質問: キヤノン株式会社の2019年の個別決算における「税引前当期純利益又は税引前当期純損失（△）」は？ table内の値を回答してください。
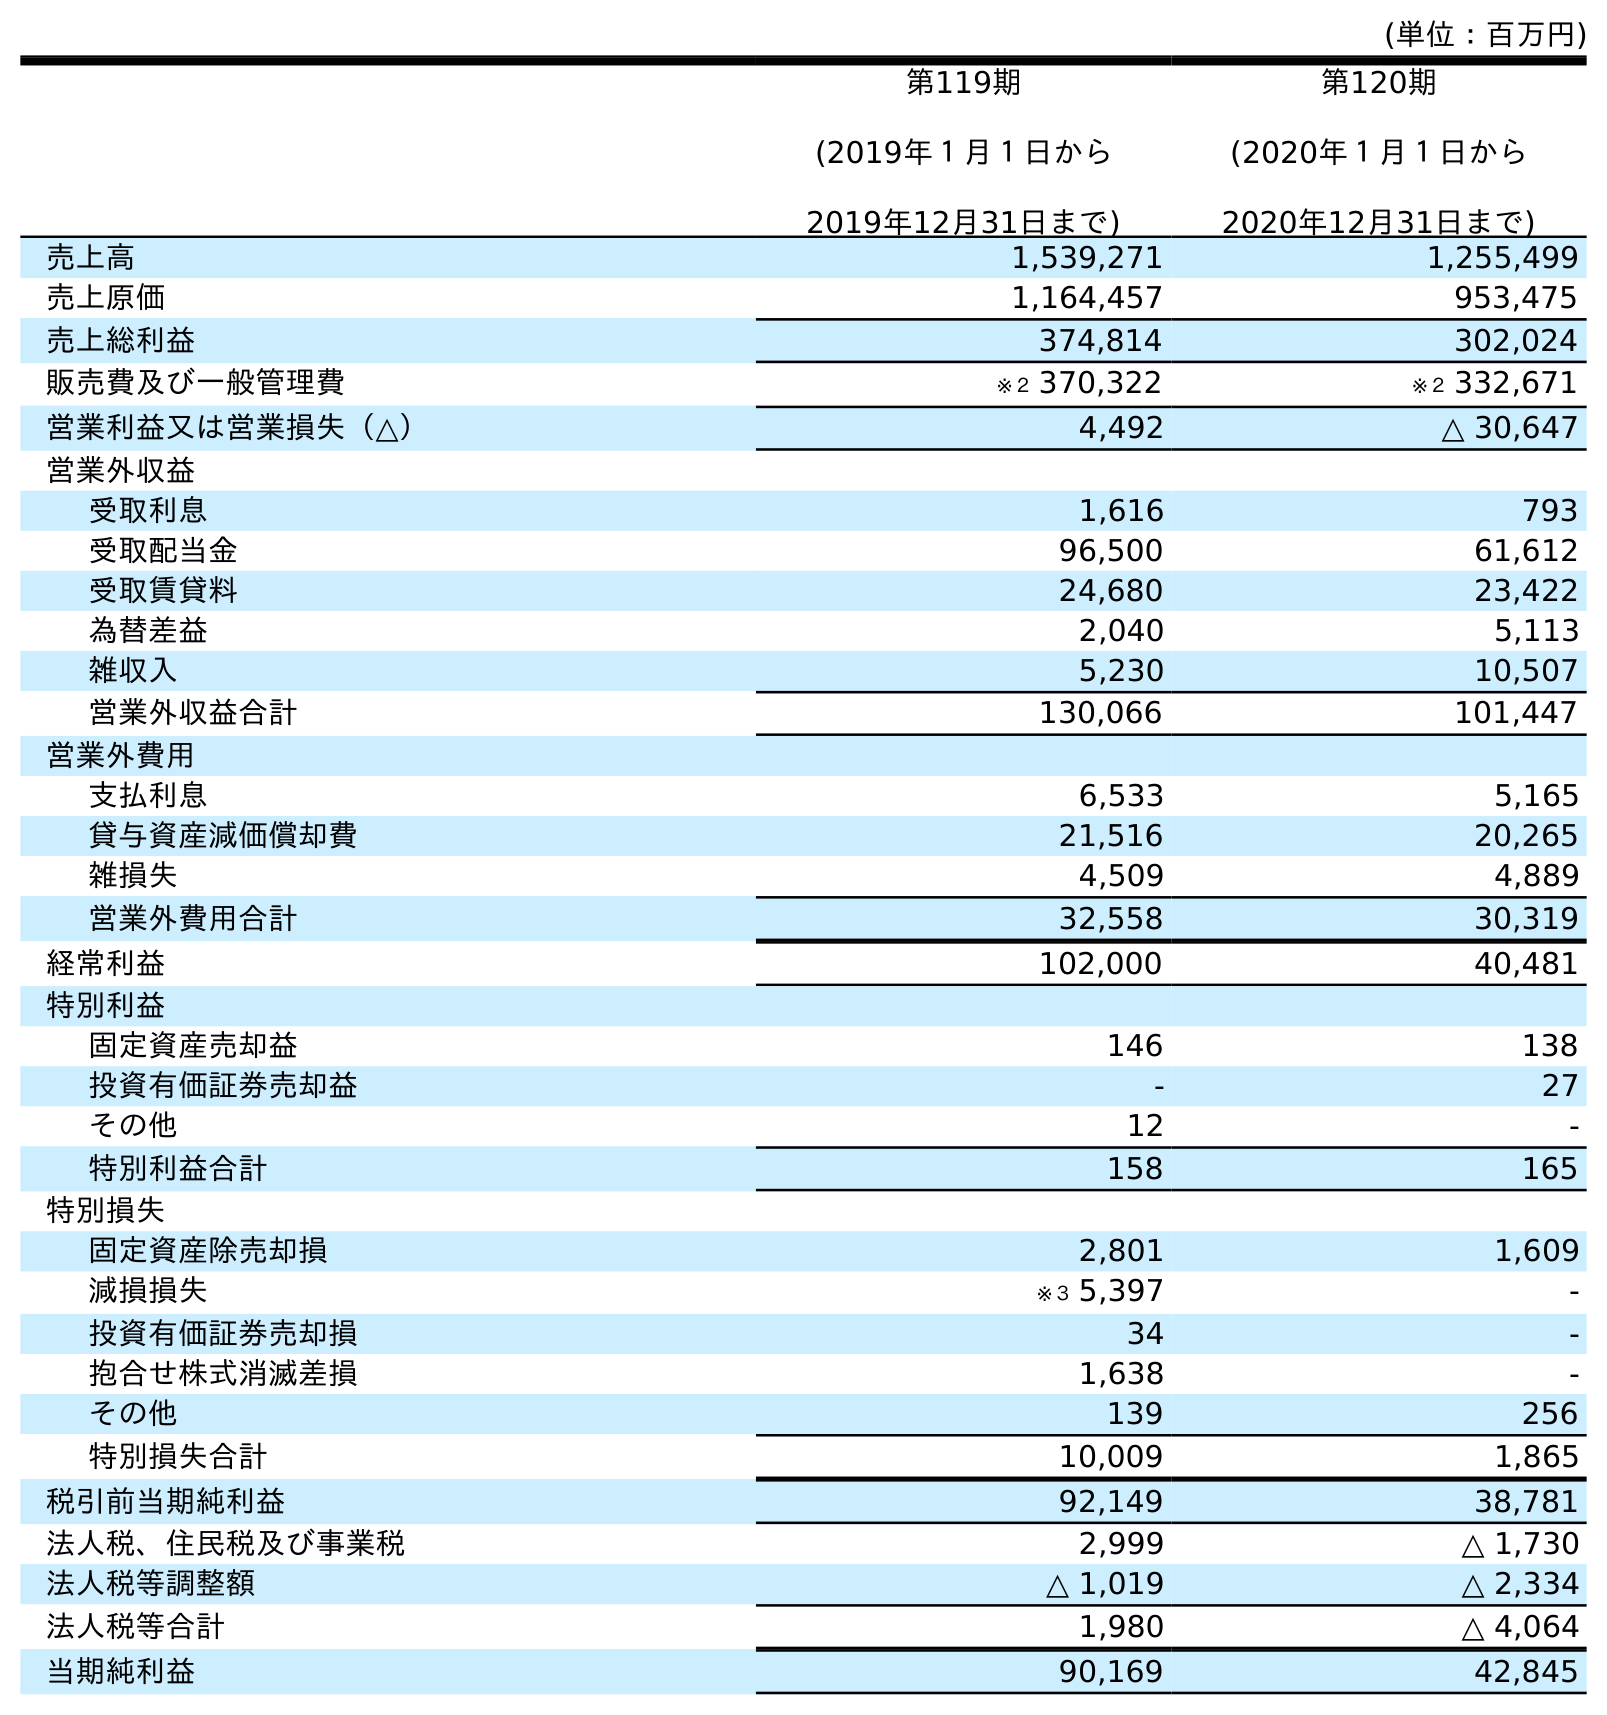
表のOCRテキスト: (単位：百万円) 第119期 (2019年１月１日から 2019年12月31日まで) 第120期 (2020年１月１日から 2020年12月31日まで) 売上高 1,539,271 1,255,499 売上原価 1,164,457 953,475 売上総利益 374,814 302,024 販売費及び一般管理費 ※２ 370,322 ※２ 332,671 営業利益又は営業損失（△） 4,492 △ 30,647 営業外収益 受取利息 1,616 793 受取配当金 96,500 61,612 受取賃貸料 24,680 23,422 為替差益 2,040 5,113 雑収入 5,230 10,507 営業外収益合計 130,066 101,447 営業外費用 支払利息 6,533 5,165 貸与資産減価償却費 21,516 20,265 雑損失 4,509 4,889 営業外費用合計 32,558 30,319 経常利益 102,000 40,481 特別利益 固定資産売却益 146 138 投資有価証券売却益 - 27 その他 12 - 特別利益合計 158 165 特別損失 固定資産除売却損 2,801 1,609 減損損失 ※３ 5,397 - 投資有価証券売却損 34 - 抱合せ株式消滅差損 1,638 - その他 139 256 特別損失合計 10,009 1,865 税引前当期純利益 92,149 38,781 法人税、住民税及び事業税 2,999 △ 1,730 法人税等調整額 △ 1,019 △ 2,334 法人税等合計 1,980 △ 4,064 当期純利益 90,169 42,845
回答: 92,149